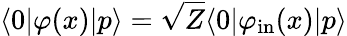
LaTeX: \langle 0|\varphi(x)|p\rangle={\sqrt{Z}}\langle 0|\varphi_{\mathrm{in}}(x)|p\rangle